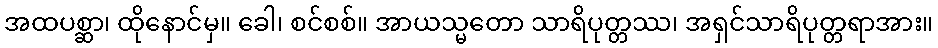
အထပစ္ဆာ၊ ထိုနောင်မှ။ ခေါ၊ စင်စစ်။ အာယသ္မတော သာရိပုတ္တဿ၊ အရှင်သာရိပုတ္တရာအား။